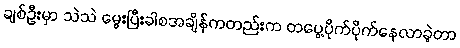
ချစ်ဦးမှာ သဲသဲ မွေးပြီးခါစအချိန်ကတည်းက တပွေ့ပိုက်ပိုက်နေလာခဲ့တာ